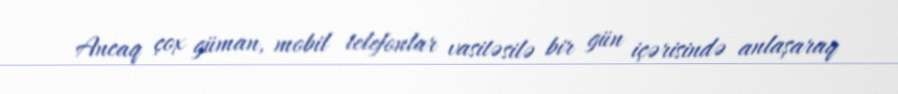
Ancaq çox güman, mobil telefonlar vasitəsilə bir gün içərisində anlaşaraq